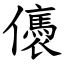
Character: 㒟